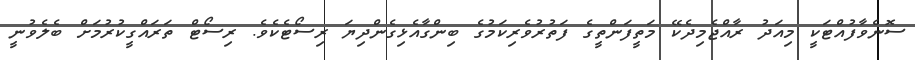
ސޮނެވާފުއްޓަކީ މިއަދު ރާއްޖެމިދެކޭ މަތީފަންތީގެ ފަތުރުވެރިކަމުގެ ބިންގާއެޅިގެންދިޔަ ރިސޯޓެކެވެ. ރިސޯޓް ތަރައްގީކުރުމަށް ބެލެވުނީ